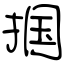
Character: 掴